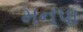
મનપા